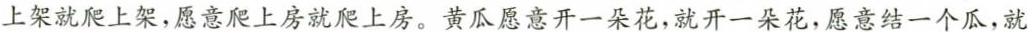
上架就爬上架，愿意爬上房就爬上房。黄瓜愿意开一朵花，就开一朵花，愿意结一个瓜，就